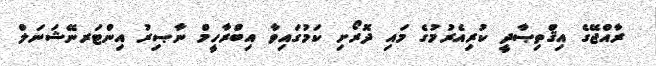
ރާއްޖޭގެ އިޤްތިޞާދީ ކުރިއެރުމުގެ މައި ދޮރޯށި ކަމުގައިވާ އިބްރާހީމް ނާޞިރު އިންޓަރނޭޝަނަލް